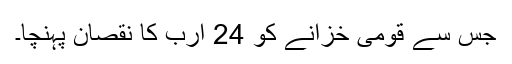
جس سے قومی خزانے کو 24 ارب کا نقصان پہنچا۔